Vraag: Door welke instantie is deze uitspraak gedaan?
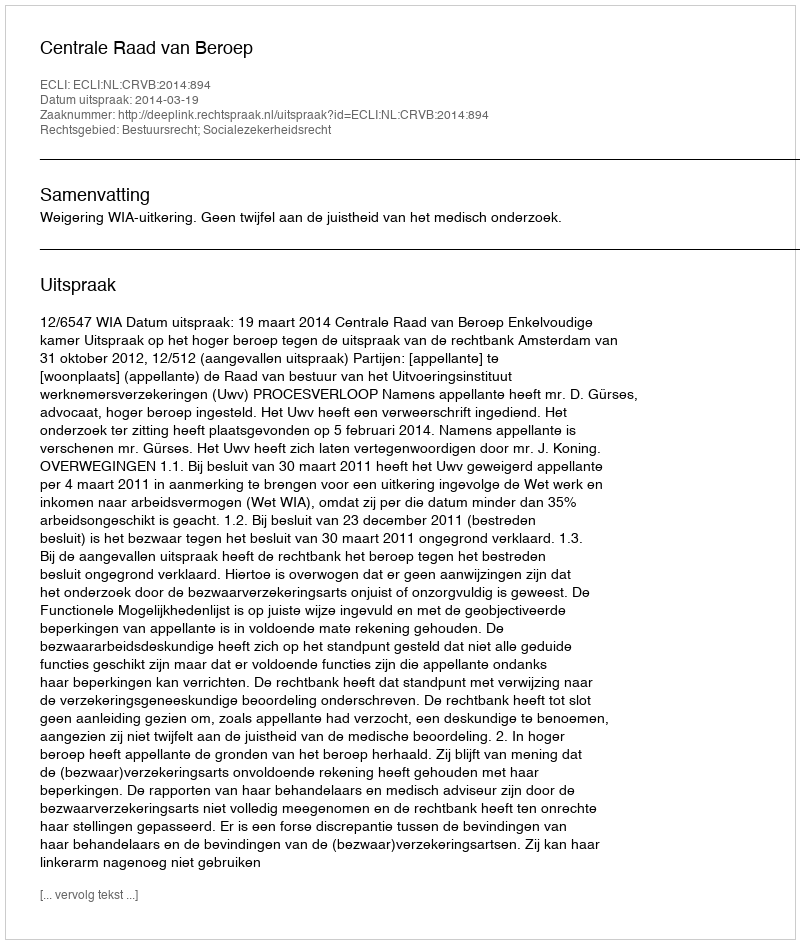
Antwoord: Centrale Raad van Beroep